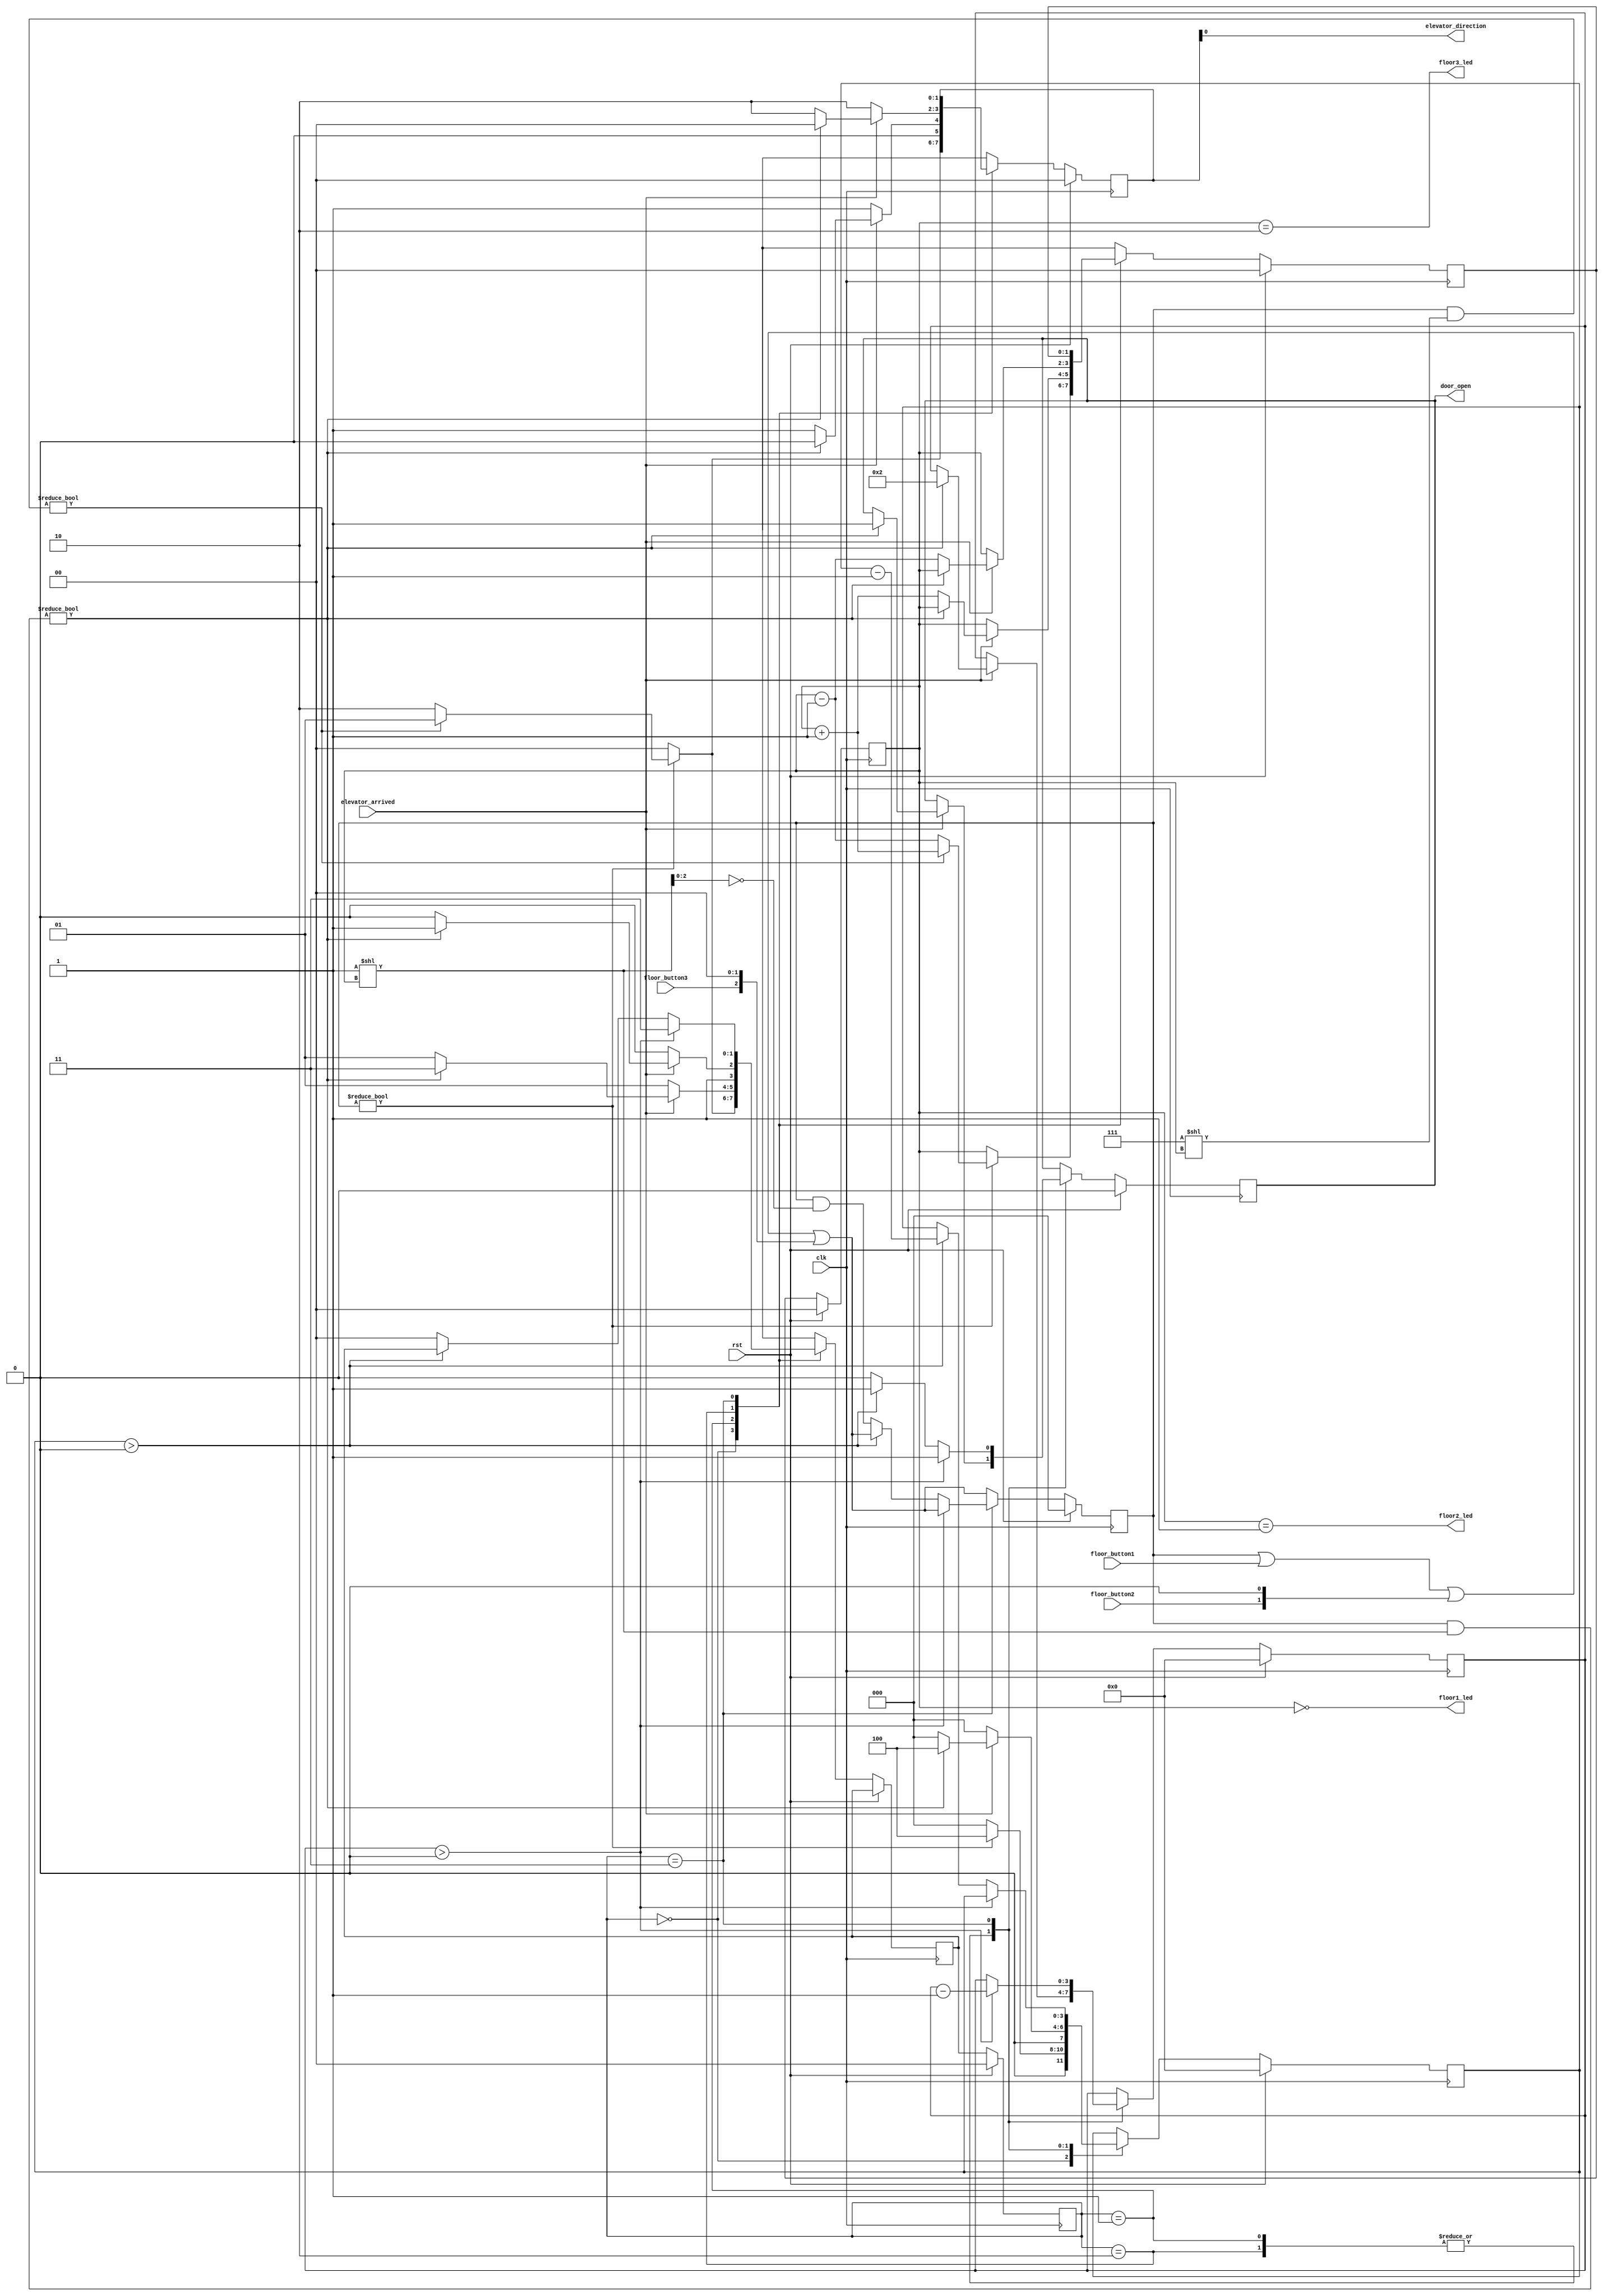
module sequential_elevator (
    input  clk,
    rst,
    floor_button1,
    floor_button2,
    floor_button3,
    elevator_arrived,
    output floor1_led,
    floor2_led,
    floor3_led,
    elevator_direction,
    door_open
);

  // Define states
  parameter IDLE = 2'd0;
  parameter GOING_UP = 2'd1;
  parameter GOING_DOWN = 2'd2;
  parameter WAITING = 2'd3;
  parameter CHECK_NEXT_REQUEST = 2'd4;

  // Define constants
  parameter T_WAIT = 4;  // Time to wait at a floor (in clock cycles)
  parameter T_DOOR = 2;  // Time to open or close the door (in clock cycles)

  // Define registers
  reg [1:0] current_state;
  reg [1:0] next_state;
  reg [1:0] current_floor;
  reg [1:0] next_floor;
  reg [2:0] floor_requests;
  reg [1:0] direction;
  reg [3:0] wait_counter;  
  reg [3:0] door_counter;  
  reg door_open;

  // Output assignments
  assign floor1_led = (current_floor == 2'b00);
  assign floor2_led = (current_floor == 2'b01);
  assign floor3_led = (current_floor == 2'b10);
  assign elevator_direction = direction;

  // State transition and output logic
  always @(posedge clk) begin
    if (rst) begin
      current_state <= IDLE;
      current_floor <= 2'b00;
      next_floor <= 2'b00;
      floor_requests <= 3'b000;
      direction <= 2'b00;
      wait_counter <= 4'b0000;
      door_counter <= 4'b0000;
      door_open <= 1'b0;
    end else begin
      current_state <= next_state;
      current_floor <= next_floor;

      // Update floor_requests in all states
      floor_requests <= floor_requests | (floor_button1 << 0) | (floor_button2 << 1) | (floor_button3 << 2);

      case (current_state)
        IDLE: begin
          if (floor_requests != 3'b000) begin
            if ((floor_requests & (3'b111 << current_floor)) != 3'b000) begin
              next_state = GOING_UP;
              next_floor = current_floor + 1;
              direction  = 2'b01;
            end else begin
              next_state = GOING_DOWN;
              next_floor = current_floor - 1;
              direction  = 2'b10;
            end
            wait_counter <= T_WAIT;
          end else begin
            next_state = IDLE;
            next_floor = current_floor;
            direction  = 2'b00;
            wait_counter <= 4'b0000;
          end
        end
        GOING_UP: begin
          if (elevator_arrived) begin
            if ((floor_requests & (1 << current_floor)) != 0) begin
              next_state = WAITING;
              next_floor = current_floor;
              direction  = 2'b00;
              wait_counter <= T_WAIT;
              door_open <= 1'b1;
              door_counter <= T_DOOR;
            end else begin
              next_state = GOING_UP;
              next_floor = current_floor + 1;
              direction  = 2'b01;
              wait_counter <= 4'b0000;
            end
          end else begin
            next_state = GOING_UP;
            next_floor = current_floor;
            direction  = 2'b01;
            wait_counter <= 4'b0000;
          end
        end
        GOING_DOWN: begin
          if (elevator_arrived) begin
            if ((floor_requests & (1 << current_floor)) != 0) begin
              next_state = WAITING;
              next_floor = current_floor;
              direction  = 2'b00;
              wait_counter <= T_WAIT;
              door_open <= 1'b1;
              door_counter <= T_DOOR;
            end else begin
              next_state = GOING_DOWN;
              next_floor = current_floor - 1;
              direction  = 2'b10;
              wait_counter <= 4'b0000;
            end
          end else begin
            next_state = GOING_DOWN;
            next_floor = current_floor;
            direction  = 2'b10;
            wait_counter <= 4'b0000;
          end
        end
        WAITING: begin
          if (door_counter > 4'b0000) begin
            door_counter <= door_counter - 4'b0001;
            door_open <= 1'b1;
            next_state <= WAITING;
          end else if (wait_counter > 4'b0000) begin
            wait_counter <= wait_counter - 4'b0001;
            door_open <= 1'b1;
          end else begin
            floor_requests <= floor_requests & ~(1 << current_floor);
            next_state <= CHECK_NEXT_REQUEST;
            door_open <= 1'b0;
          end
        end
        CHECK_NEXT_REQUEST: begin
          if (floor_requests != 3'b000) begin
            if (floor_requests > current_floor) begin
              next_state = GOING_UP;
              next_floor = current_floor + 1;
              direction  = 2'b01;
            end else begin
              next_state = GOING_DOWN;
              next_floor = current_floor - 1;
              direction  = 2'b10;
            end
          end else begin
            next_state = IDLE;
            next_floor = current_floor;
            direction  = 2'b00;
          end
        end
      endcase
    end
  end
endmodule